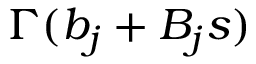
\Gamma ( b _ { j } + B _ { j } s )